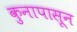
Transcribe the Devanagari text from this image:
कुनापासून